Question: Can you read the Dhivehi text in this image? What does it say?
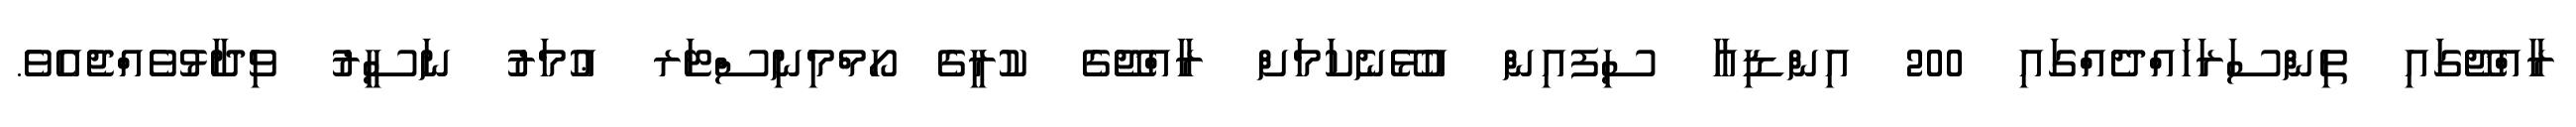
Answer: ރާއްޖޭގައި ތިންސަރަހައްދެއްގައި 200 އިންޑިއާ ސިފއިން އުޅޭނެކަމަށް ރާއްޖޭގެ ކުރީގެ ހޯމްމިނިސްޓަރ ޢުމަރު ނަސީރު ވިދާޅުވެއްޖެއެވެ.